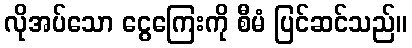
လိုအပ်သော ငွေကြေးကို စီမံ ပြင်ဆင်သည်။